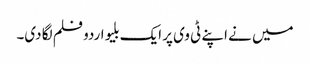
میں نے اپنے ٹی وی پر ایک بلیو اردو فلم لگا دی۔